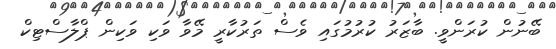
ބޭނުން ކުރަންވީ. ބާޒަރު ކުރުމުގައި ވެސް ތަރުކާރީ މޭވާ ވަކި ވަކިން ޕްލާސްޓިކް